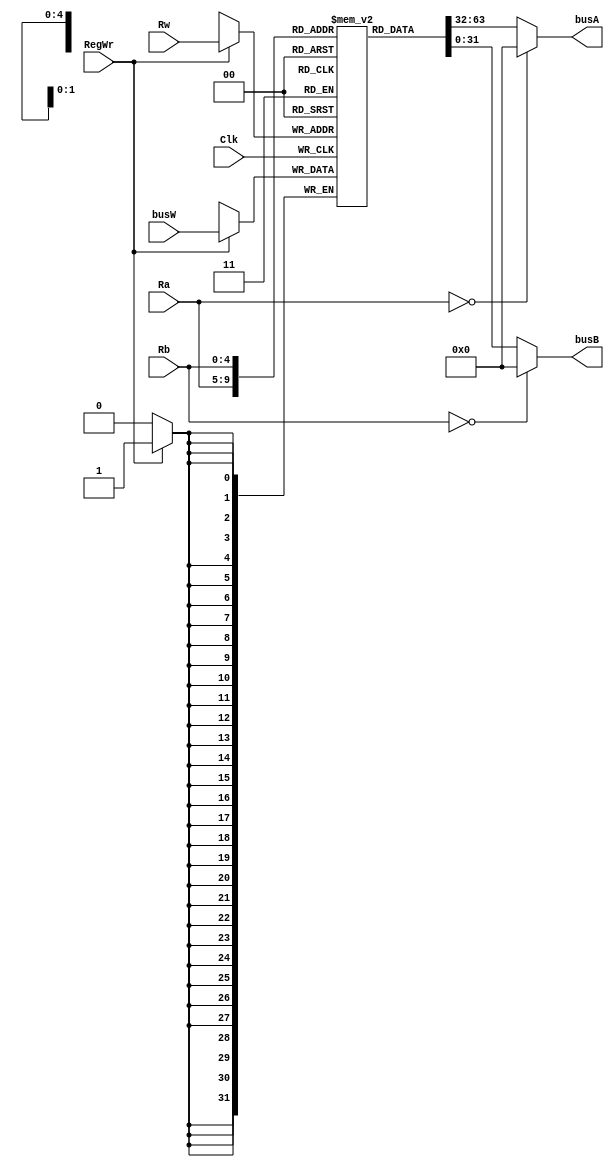
module registers(busA,busB,busW,Ra,Rb,Rw,RegWr,Clk);
  input [4:0] Ra,Rb,Rw;
  input [31:0]busW;
  input RegWr,Clk;
  output [31:0]busA,busB;

  reg [31:0]data[31:0];
  wire[31:0] busA,busB;
  
  assign busA = (Ra==5'b0)? 32'b0:data[Ra];
  assign busB = (Rb==5'b0)? 32'b0:data[Rb];
  
  always@(negedge Clk)
  
  begin
  
    if(RegWr)
     begin
        data[Rw] = busW;  
      end
  end
endmodule